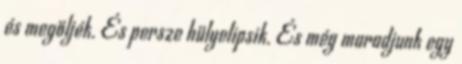
és megöljék. És persze hülyelipsik. És még maradjunk egy